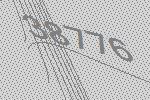
38776